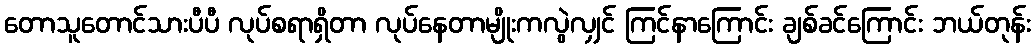
တောသူတောင်သားပီပီ လုပ်စရာရှိတာ လုပ်နေတာမျိုးကလွဲလျှင် ကြင်နာကြောင်း ချစ်ခင်ကြောင်း ဘယ်တုန်း